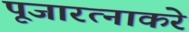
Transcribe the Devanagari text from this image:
पूजारत्नाकरे